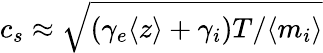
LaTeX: c_{s}\approx\sqrt{(\gamma_{e}\langle z\rangle+\gamma_{i})T/\langle m_{i}\rangle}